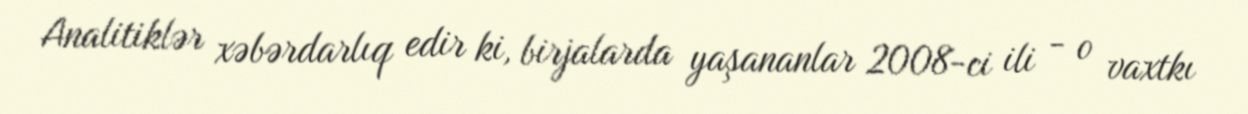
Analitiklər xəbərdarlıq edir ki, birjalarda yaşananlar 2008-ci ili - o vaxtkı